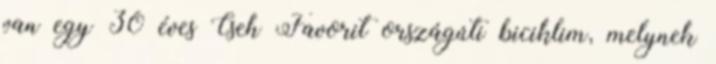
van egy 30 éves Cseh Favorit országúti biciklim, melynek